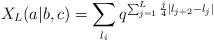
LaTeX: \begin{align*}X_{L}(a|b,c)=\sum_{l_i}q^{\sum_{j=1}^{L} \frac{j}{4} |l_{j+2}-l_j|}\end{align*}